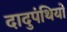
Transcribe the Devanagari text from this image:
दादुपंथियो